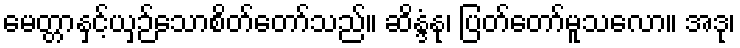
မေတ္တာနှင့်ယှဉ်သောစိတ်တော်သည်။ ဆိန္ဒံနု၊ ပြတ်တော်မူသလော။ အဒု၊